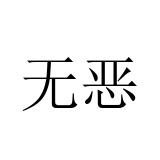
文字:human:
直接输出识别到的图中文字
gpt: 无恶